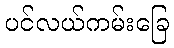
ပင်လယ်ကမ်းခြေ